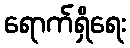
ရောက်ရှိရေး